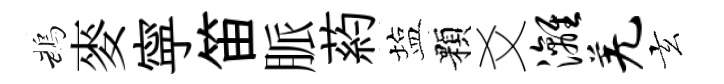
鵡麥寜笛脈葯塩顆爻漓羌玄